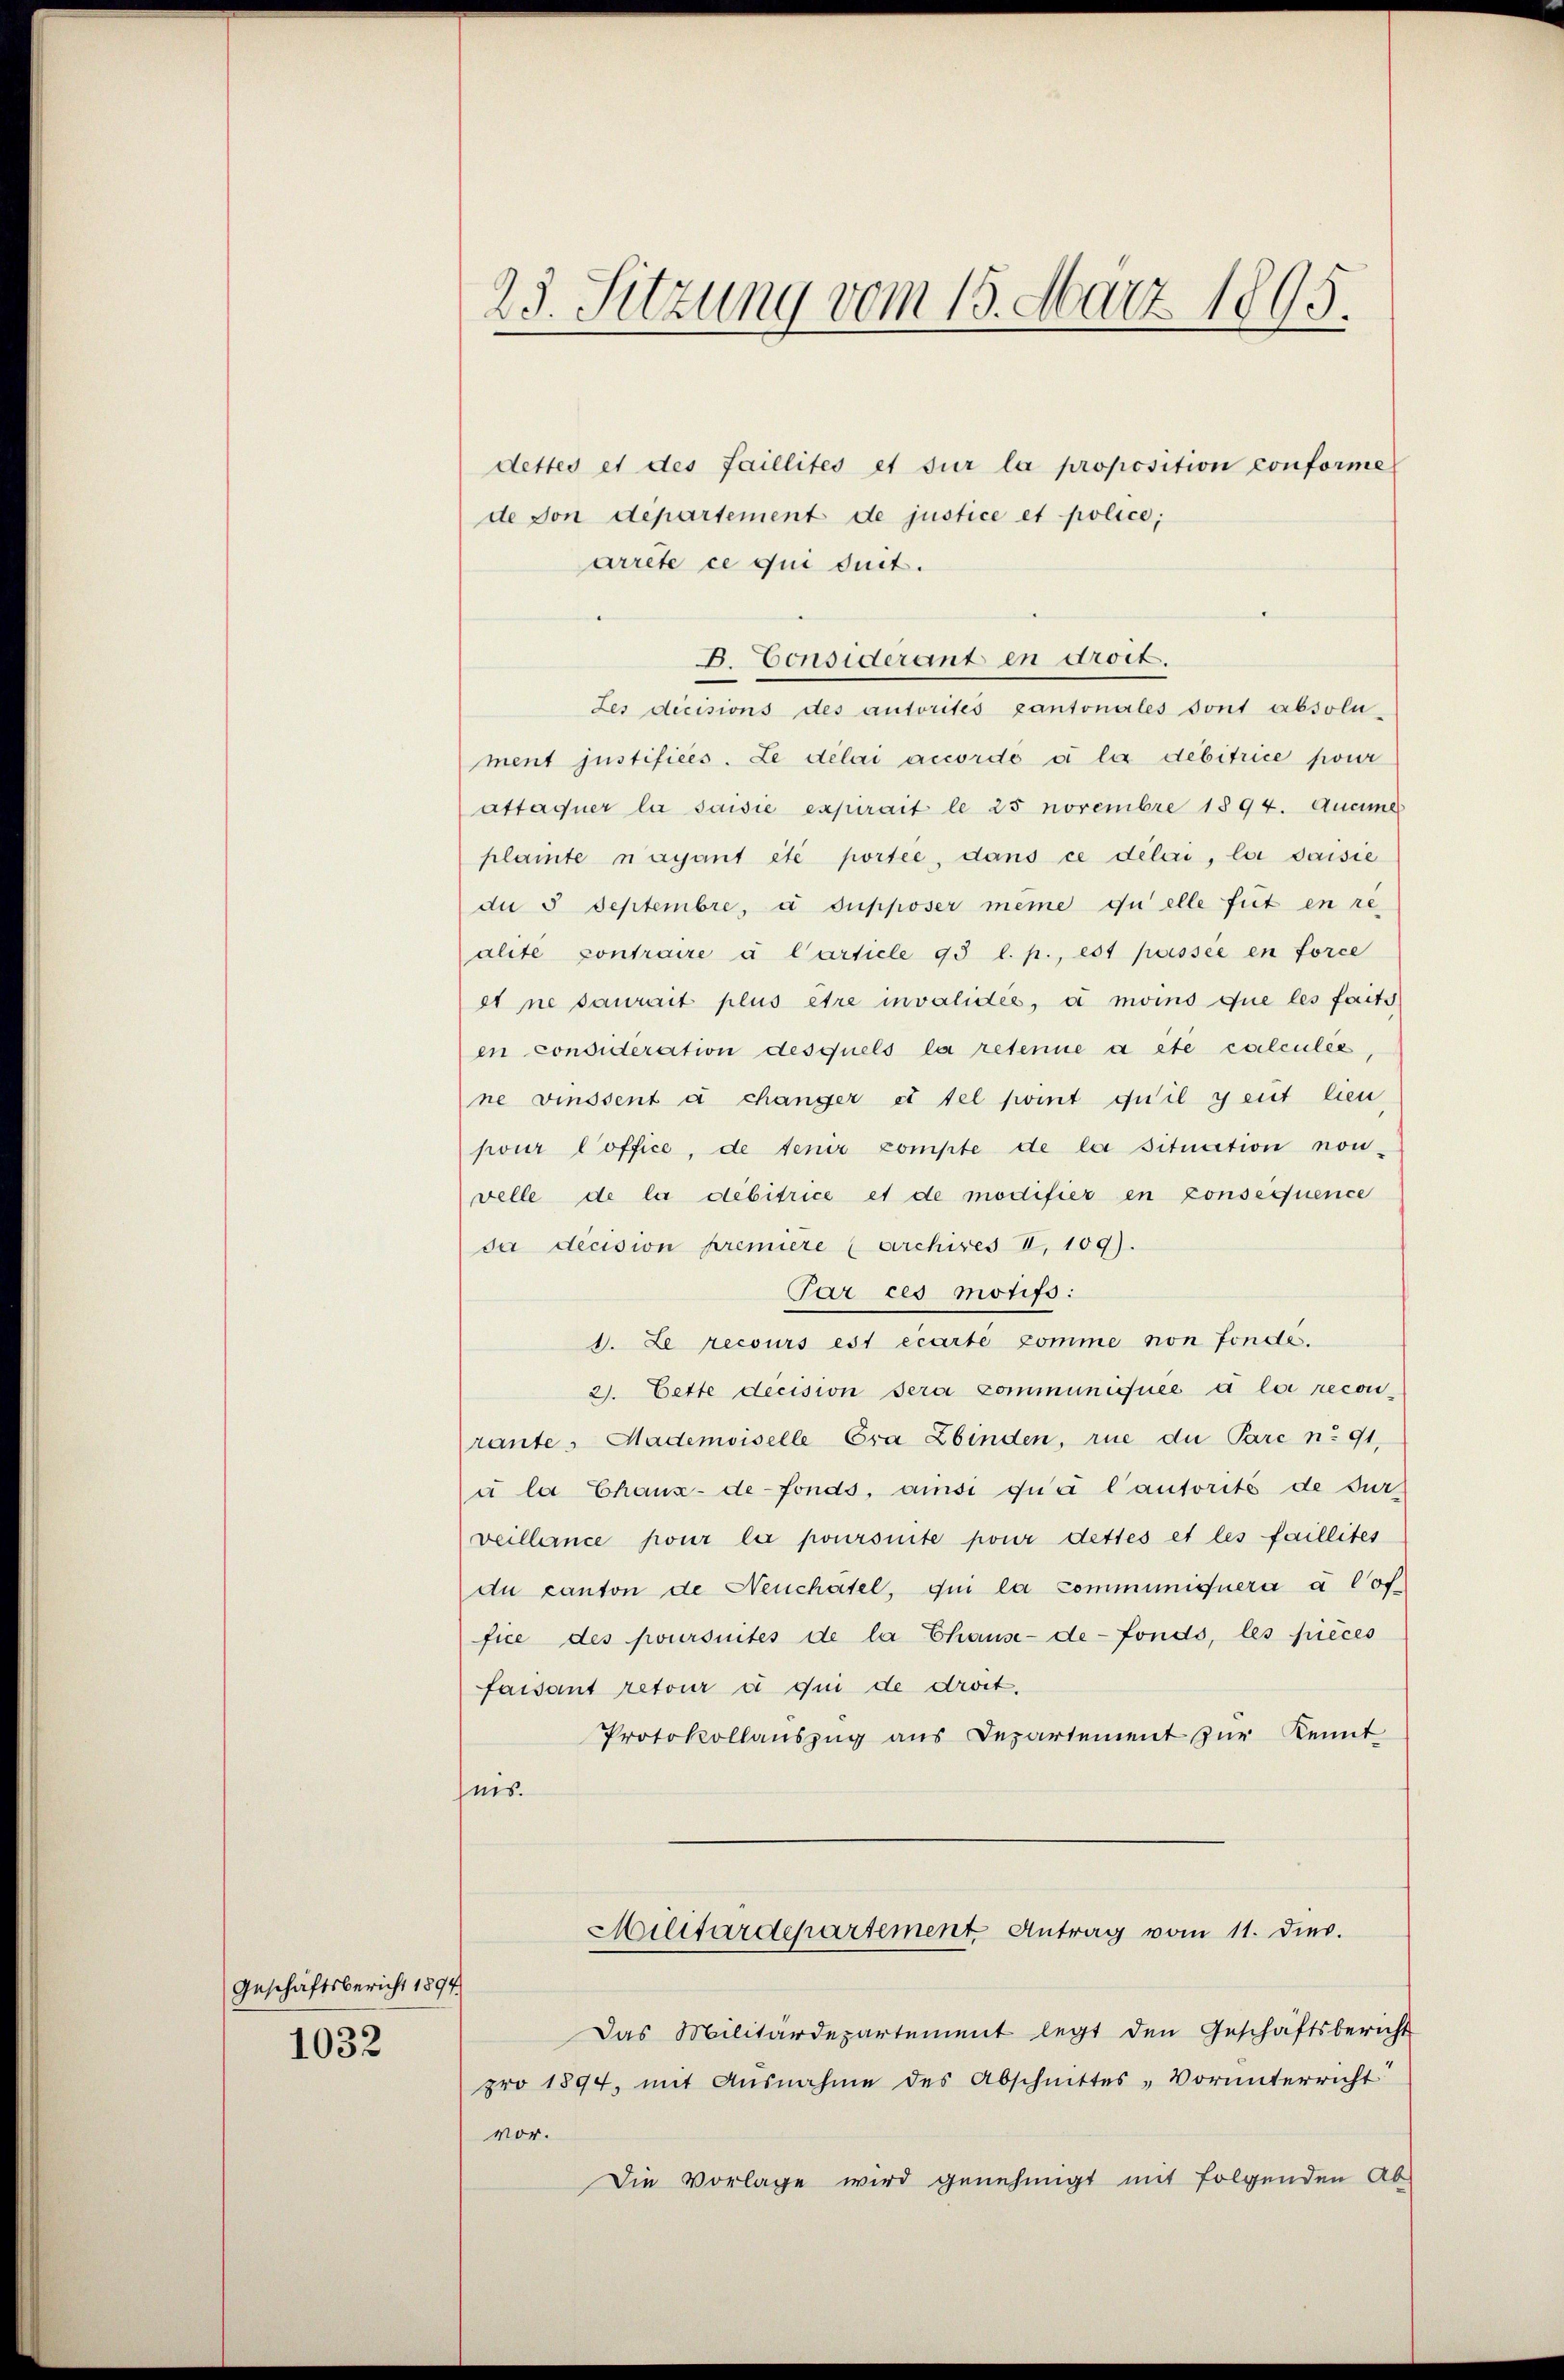
Geschäftsbericht 1897

1032

23. Sitzung vom 15. März 1895.

dettes et des faillités et sur la proposition conforme
de von departement de justice et police;
arrête ce qui suit.
Les dicisions des autorités cantonales sont absolu-
ment justifices. Le délai accordé à la debitrice pour
attaquer la saisie expirait le 25 novembre 1894. Aucune
plante nayant été portée, dans ce délai, loi saisie
di 5 Septembre, a supposer meine quelle fut en realité contraire à Carticle 95 l. p., est passée en force
et ne saurait plus être invalides, à moins que les faits
en considération desquels la retenue a etc calculee
ne vinssent a changer et tel soit qu’il y eut lieu,
pour office, de tenir compte de la situation nou-
velle de la débitrice et de modifier en consequence
sa decision premiere (archives II. 109).
Par ces motifs:
1. Le recours est écarte komme non fonde.
2. Cette decision sera communiquée à la recon-
rante, Mademoiselle Cra Zbinden, rue du Pare nr 91,
à la Chanz-de-Fonds, ansi qua lautorité de sur-
veillence pour la poursuite pour dettes et les faillites
du canton de Neuchâtel, qui la communiquera à l’of
fice des poursuites de la Chause-de-Fonds, les pièces
faisant retour à qui de droit.
Protokollauszug aus Departement zur Kennt
hnis.
Militärdepartement Antrag vom 11. dies.
Das Militärdepartement legt den Geschäftsbericht
pro 1894, mit Ausnahme des Abschnittes, Vorunterricht
vor.
Die Vorlage wird genehmigt mit folgenden Ab-

B. Considerant en droit.